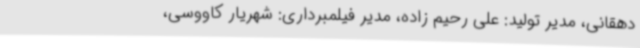
دهقانی، مدیر تولید: علی رحیم زاده، مدیر فیلمبرداری: شهریار کاووسی،